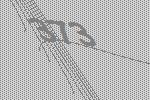
373